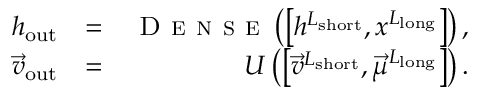
\begin{array} { r l r } { h _ { \mathrm { o u t } } } & { = } & { \textsc { D e n s e } \left( \left[ h ^ { L _ { \mathrm { s h o r t } } } , x ^ { L _ { \mathrm { l o n g } } } \right] \right) , } \\ { \vec { v } _ { \mathrm { o u t } } } & { = } & { U \left( \left[ \vec { v } ^ { L _ { \mathrm { s h o r t } } } , \vec { \mu } ^ { L _ { \mathrm { l o n g } } } \right] \right) . } \end{array}